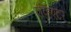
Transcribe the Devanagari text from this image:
एव्हिएटर